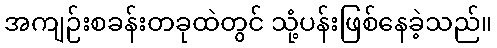
အကျဉ်းစခန်းတခုထဲတွင် သုံ့ပန်းဖြစ်နေခဲ့သည်။